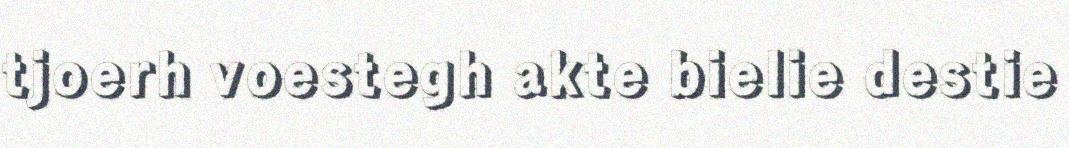
tjoerh voestegh akte bielie destie